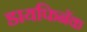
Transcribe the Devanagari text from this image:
डायफिनॅक